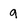
Character: 9